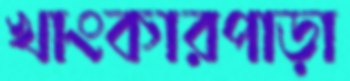
খাংকারপাড়া